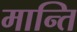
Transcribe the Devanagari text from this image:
मान्ति